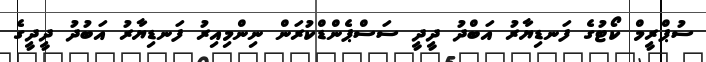
ސުޕްރީމް ކޯޓުގެ ފަނޑިޔާރު އަބްދު ދީދީ ސަސްޕެންޑްކުރަން ނިންމިއިރު ފަނޑިޔާރު އަބުދު ދީދީގެ